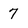
Character: 7